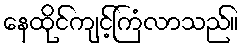
နေထိုင်ကျင့်ကြံလာသည်။